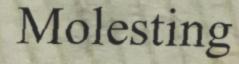
Molesting